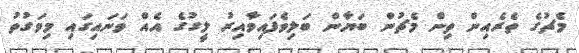
މެޗުގެ ތެރެއިން ތިން މެޗުން ބަޔާން ބަލިވެފައިވާއިރު ލީގުގެ އެއް ވަނައިގައި މިވަގުތު